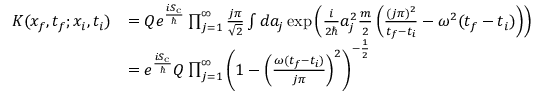
{ \begin{array} { r l } { K ( x _ { f } , t _ { f } ; x _ { i } , t _ { i } ) } & { = Q e ^ { \frac { i S _ { \mathrm { c } } } { \hbar } } \prod _ { j = 1 } ^ { \infty } { \frac { j \pi } { \sqrt { 2 } } } \int d a _ { j } \exp { \left( { \frac { i } { 2 \hbar } } a _ { j } ^ { 2 } { \frac { m } { 2 } } \left( { \frac { ( j \pi ) ^ { 2 } } { t _ { f } - t _ { i } } } - \omega ^ { 2 } ( t _ { f } - t _ { i } ) \right) \right) } } \\ & { = e ^ { \frac { i S _ { \mathrm { c } } } { \hbar } } Q \prod _ { j = 1 } ^ { \infty } \left( 1 - \left( { \frac { \omega ( t _ { f } - t _ { i } ) } { j \pi } } \right) ^ { 2 } \right) ^ { - { \frac { 1 } { 2 } } } } \end{array} }